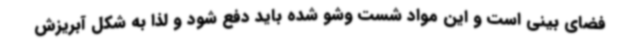
فضای بینی است و این مواد شست وشو شده باید دفع شود و لذا به شکل آبریزش